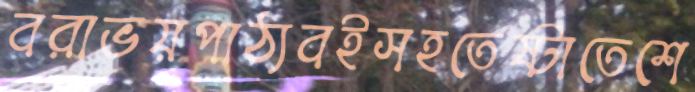
বরাভয়পাঠ্যবইসহতেষ্টাতেশে